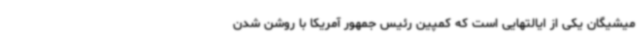
میشیگان یکی از ایالتهایی است که کمپین رئیس جمهور آمریکا با روشن شدن